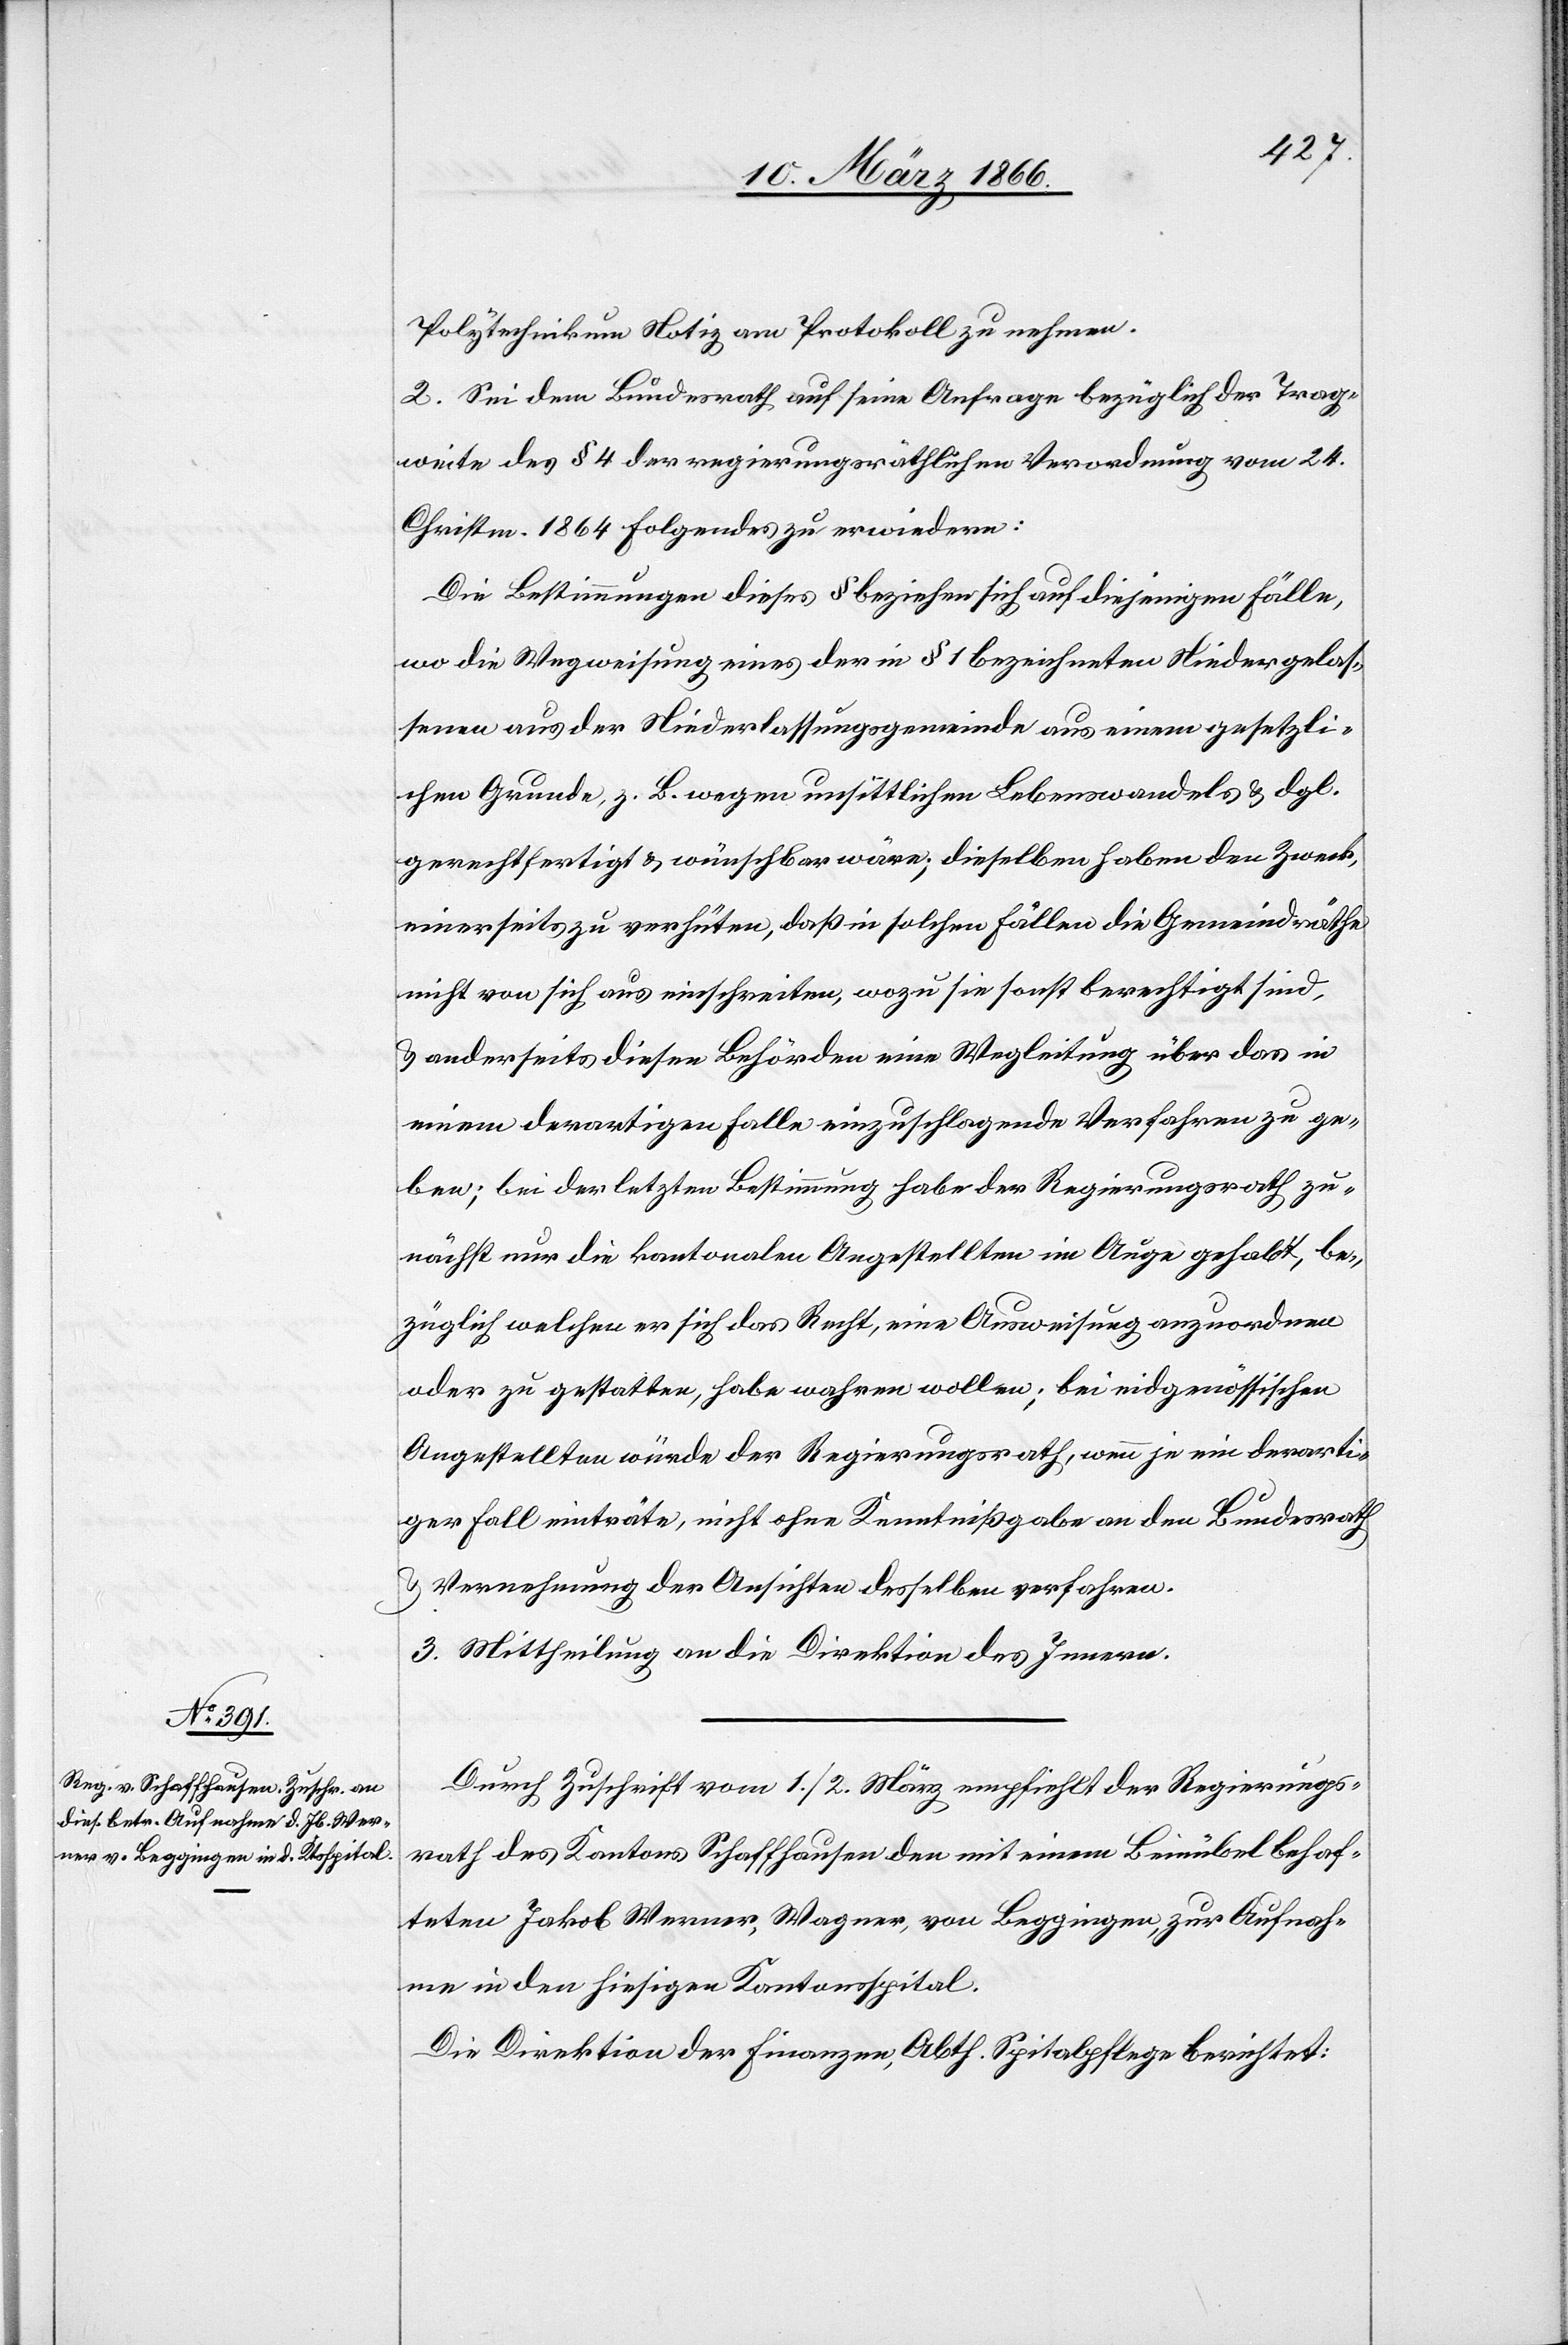
Polytechnikum Notiz am Protokoll zu nehmen.
2. Sei dem Bundesrath auf seine Anfrage bezüglich der Trag¬
weite des § 4 der regierungsräthlichen Verordnung vom 24.
Christm. 1864 Folgendes zu erwiedern:
Die Bestimmungen dieses § beziehen sich auf diejenigen Fälle,
wo die Wegweisung eines der in § 1 bezeichneten Niedergelas¬
senen aus der Niederlassungsgemeinde aus einem gesetzli¬
chen Grunde, z. B. wegen unsittlichen Lebenswandels u. dgl.
gerechtfertigt u. wünschbar wäre; dieselben haben den Zweck,
einerseits zu verhüten, daß in solchen Fällen die Gemeindräthe
nicht von sich aus einschreiten, wozu sie sonst berechtigt sind,
u. anderseits dieser Behörde eine Wegleitung über das in
einem derartigen Falle einzuschlagende Verfahren zu ge¬
ben; bei der letzten Bestimmung habe der Regierungsrath zu¬
nächst nur die kantonalen Angestellten im Auge gehabt, be¬
züglich welchen er sich das Recht, eine Ausweisung anzuordnen
oder zu gestatten, habe wahren wollen; bei eidgenössischen
Angestellten würde der Regierungsrath, wenn je ein derarti¬
ger Fall einträte, nicht ohne Kenntnißgabe an den Bundesrath
u. Vernehmung der Ansichten desselben verfahren.
3. Mittheilung an die Direktion des Innern.
Durch Zuschrift vom 1./2. März empfiehlt der Regierungs¬
rath des Kantons Schaffhausen den mit einem Beinübel behaf¬
teten Jakob Werner, Wagner, von Beggingen, zu Aufnah¬
me in den hiesigen Kantonsspital.
Die Direktion der Finanzen, Abth. Spitalpflege berichtet: